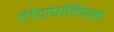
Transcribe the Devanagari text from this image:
टोटापोलियम